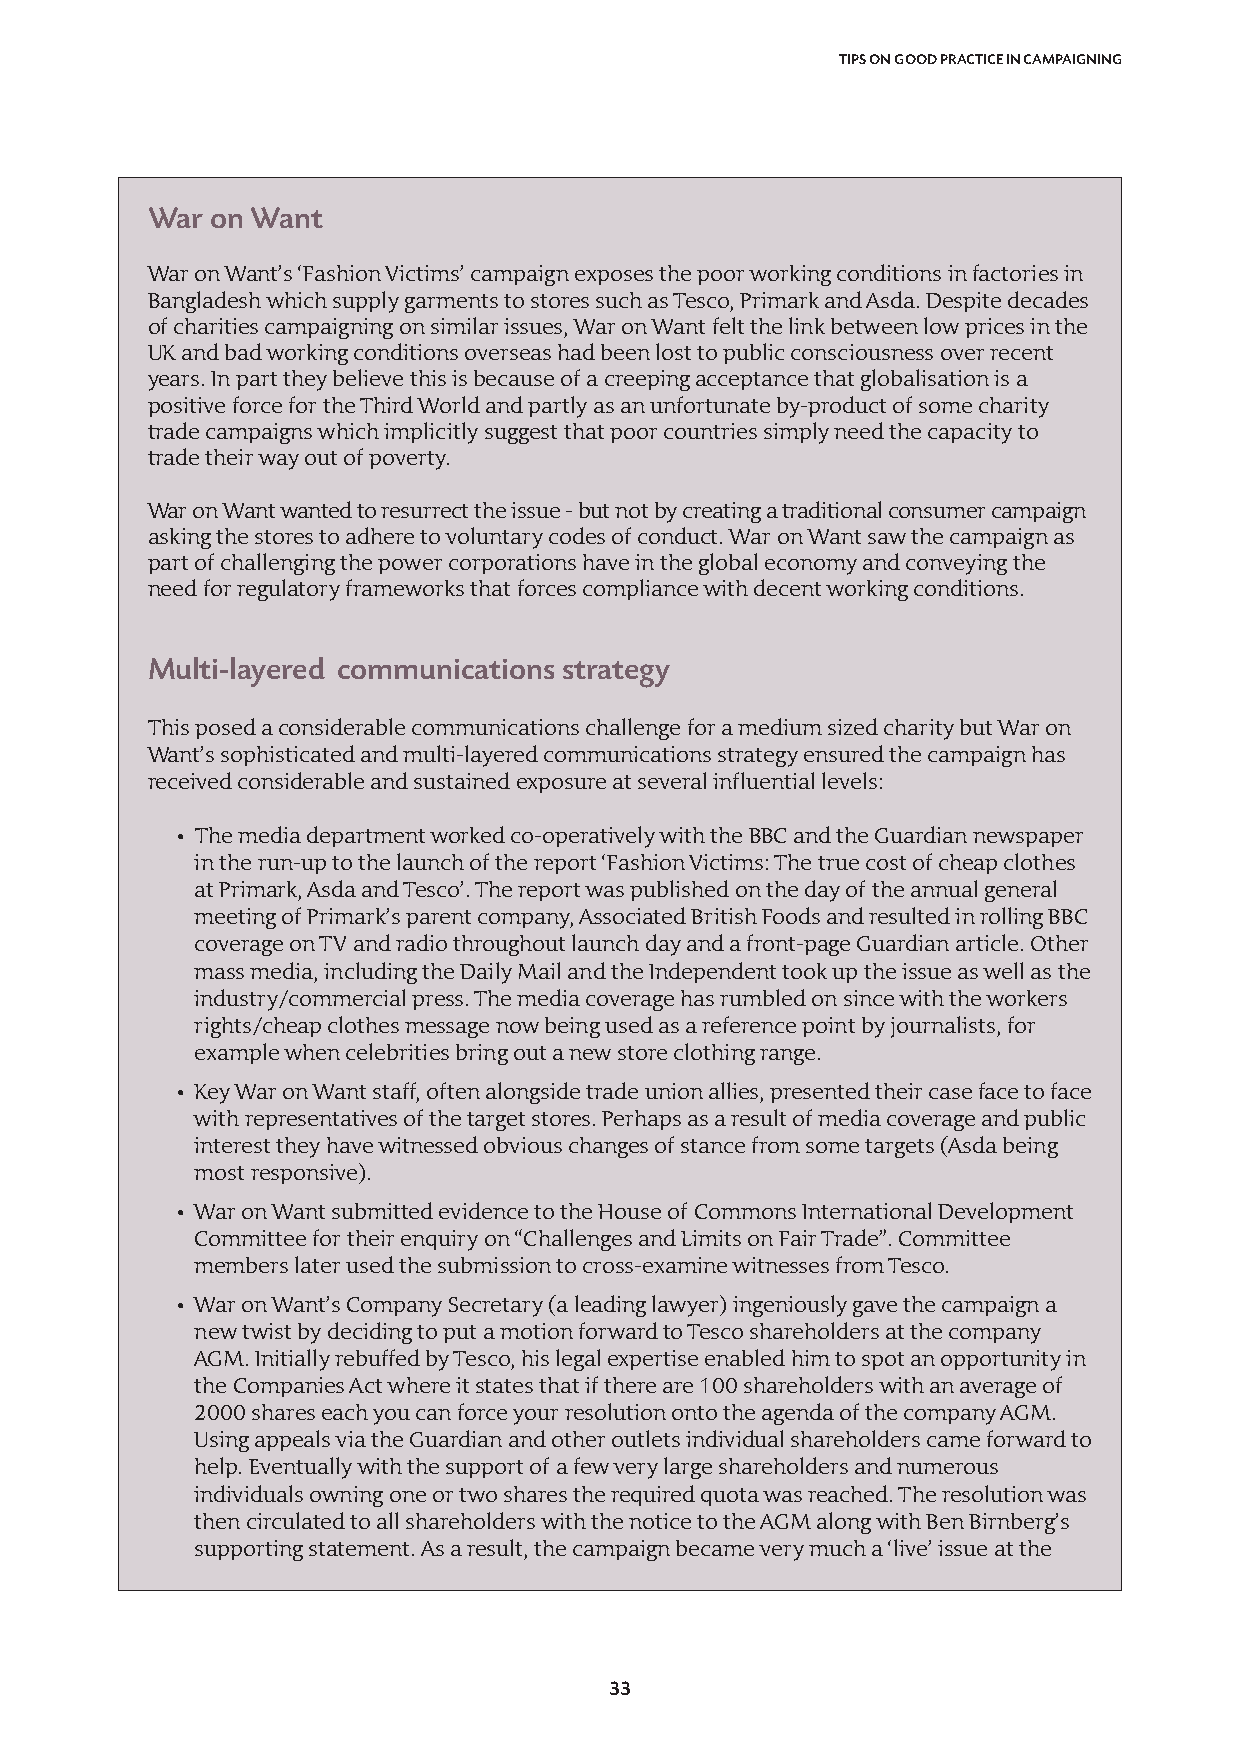
TIPS ON GOOD PRACTICE IN CAMPAIGNING
 War on Want
 War on Want’s ‘Fashion Victims’ campaign exposes the poor working conditions in factories in
 Bangladesh which supply garments to stores such as Tesco, Primark and Asda. Despite decades
 of charities campaigning on similar issues, War on Want felt the link between low prices in the
 UK and bad working conditions overseas had been lost to public consciousness over recent
 years. In part they believe this is because of a creeping acceptance that globalisation is a
 positive force for the Third World and partly as an unfortunate by-product of some charity
 trade campaigns which implicitly suggest that poor countries simply need the capacity to
 trade their way out of poverty.
 War on Want wanted to resurrect the issue - but not by creating a traditional consumer campaign
 asking the stores to adhere to voluntary codes of conduct. War on Want saw the campaign as
 part of challenging the power corporations have in the global economy and conveying the
 need for regulatory frameworks that forces compliance with decent working conditions.
 Multi-layered communications strategy
 This posed a considerable communications challenge for a medium sized charity but War on
 Want’s sophisticated and multi-layered communications strategy ensured the campaign has
 received considerable and sustained exposure at several influential levels:
 • The media department worked co-operatively with the BBC and the Guardian newspaper
 in the run-up to the launch of the report ‘Fashion Victims: The true cost of cheap clothes
 at Primark, Asda and Tesco’. The report was published on the day of the annual general
 meeting of Primark’s parent company, Associated British Foods and resulted in rolling BBC
 coverage on TV and radio throughout launch day and a front-page Guardian article. Other
 mass media, including the Daily Mail and the Independent took up the issue as well as the
 industry/commercial press. The media coverage has rumbled on since with the workers
 rights/cheap clothes message now being used as a reference point by journalists, for
 example when celebrities bring out a new store clothing range.
 • Key War on Want staff, often alongside trade union allies, presented their case face to face
 with representatives of the target stores. Perhaps as a result of media coverage and public
 interest they have witnessed obvious changes of stance from some targets (Asda being
 most responsive).
 • War on Want submitted evidence to the House of Commons International Development
 Committee for their enquiry on “Challenges and Limits on Fair Trade”. Committee
 members later used the submission to cross-examine witnesses from Tesco.
 • War on Want’s Company Secretary (a leading lawyer) ingeniously gave the campaign a
 new twist by deciding to put a motion forward to Tesco shareholders at the company
 AGM. Initially rebuffed by Tesco, his legal expertise enabled him to spot an opportunity in
 the Companies Act where it states that if there are 100 shareholders with an average of
 2000 shares each you can force your resolution onto the agenda of the company AGM.
 Using appeals via the Guardian and other outlets individual shareholders came forward to
 help. Eventually with the support of a few very large shareholders and numerous
 individuals owning one or two shares the required quota was reached. The resolution was
 then circulated to all shareholders with the notice to the AGM along with Ben Birnberg’s
 supporting statement. As a result, the campaign became very much a ‘live’ issue at the
 33